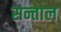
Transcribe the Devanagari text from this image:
सन्ताल